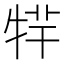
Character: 𤙢